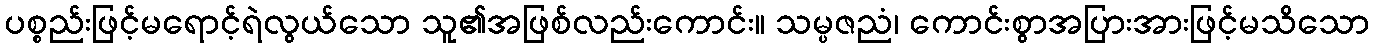
ပစ္စည်းဖြင့်မရောင့်ရဲလွယ်သော သူ၏အဖြစ်လည်းကောင်း။ သမ္ပဇညံ၊ ကောင်းစွာအပြားအားဖြင့်မသိသော